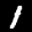
Label: 1